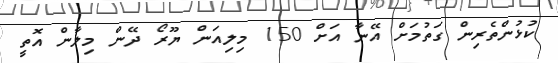
ކުޅުންތެރިން ގަތުމަށް އޭނާ އަށް 150 މިލިއަން ޔޫރޯ ދޭން މިލާން އޮތީ